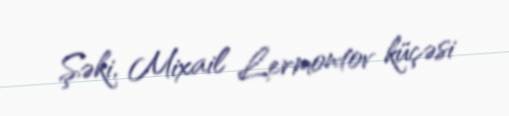
Şəki, Mixail Lermontov küçəsi